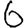
Digit: 6